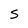
Character: S